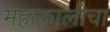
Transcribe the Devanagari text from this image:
महाकालीचा